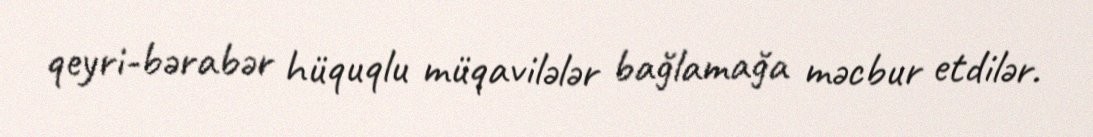
qeyri-bərabər hüquqlu müqavilələr bağlamağa məcbur etdilər.